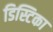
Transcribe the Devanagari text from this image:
डिस्टिका